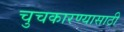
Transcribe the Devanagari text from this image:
चुचकारण्यासाठी